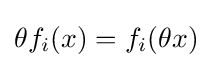
\theta f_{i}(x)=f_{i}(\theta x)